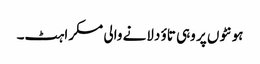
ہونٹوں پر وہی تاؤ دلانے والی مسکراہٹ۔